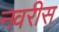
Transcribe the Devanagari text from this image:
नवरीस